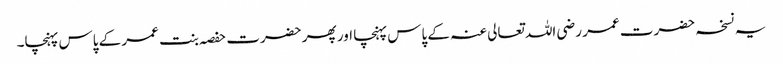
یہ نسخہ حضرت عمر رضی اللہ تعالی عنہ کے پاس پہنچا اور پھر حضرت حفصہ بنت عمر کے پاس پہنچا۔